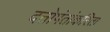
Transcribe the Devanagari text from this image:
दत्तोपंतांकरिता